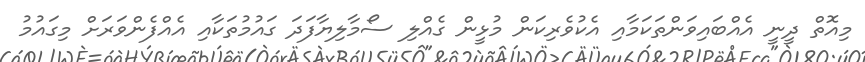
މިއޮތް ދީނީ އެއްބައިވަންތަކަމާއި އެކުވެރިކަން މުޅީން ގެއްލި ސޯމާލިޔާފަދަ ގައުމުތަކާއި އެއްފެންވަރަށް މިގައުމު